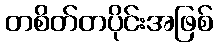
တစိတ်တပိုင်းအဖြစ်